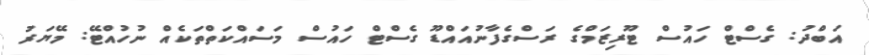
އަބްދު: ގެސްޓް ހައުސް ޓޫރިޒަމްގެ ރަސްގެފާނުއައްޑޫ ގެސްޓް ހައުސް މަސައްކަތްތަކެއް ނުހުއްޓޭ: މޭޔަރު